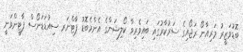
ބޮޑުވަޒީރު މަރިއާނޯ ރަޖޯއިގެ ސަރުކާރުގައި ބައިވެރިވާ ކޯލިޝަންގެ އެންމެބޮޑު ޕާޓްނަރ ސިއުޑަޑަނޯސް ޕާޓީންވަނީ